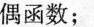
偶函数；